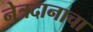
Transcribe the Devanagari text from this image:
नेत्रदानाचा